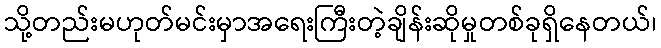
သို့တည်းမဟုတ်မင်းမှာအရေးကြီးတဲ့ချိန်းဆိုမှုတစ်ခုရှိနေတယ်၊